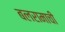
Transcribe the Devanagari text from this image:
बलरामाची